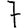
Digit: 7